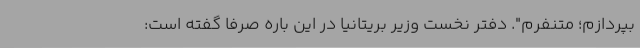
بپردازم؛ متنفرم". دفتر نخست وزیر بریتانیا در این باره صرفا گفته است: